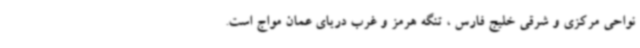
نواحی مرکزی و شرقی خلیج فارس ، تنگه هرمز و غرب دریای عمان مواج است.